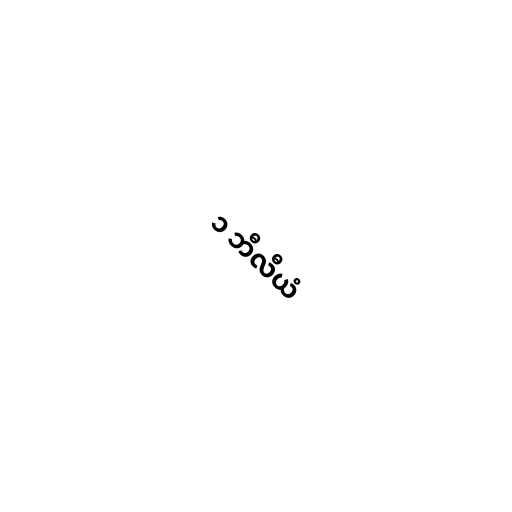
၁ ဘီလီယံ